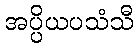
အပ္ပိယပသံသီ